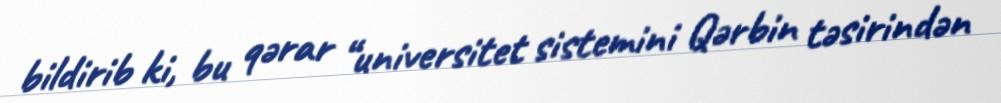
bildirib ki, bu qərar “universitet sistemini Qərbin təsirindən